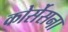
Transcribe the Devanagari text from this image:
कोर्सेसना